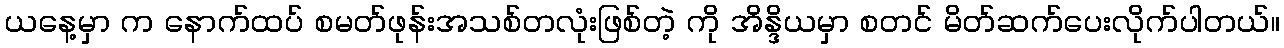
ယနေ့မှာ က နောက်ထပ် စမတ်ဖုန်းအသစ်တလုံးဖြစ်တဲ့ ကို အိန္ဒိယမှာ စတင် မိတ်ဆက်ပေးလိုက်ပါတယ်။